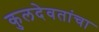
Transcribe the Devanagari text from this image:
कुलदेवतांचा